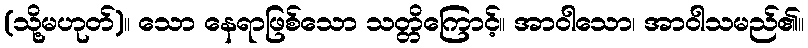
(သို့မဟုတ်)။ သော နေရာဖြစ်သော သတ္တိကြောင့်။ အာဝါသော၊ အာဝါသမည်၏။